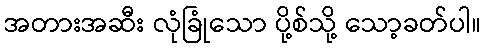
အတားအဆီး လုံခြုံသော ပို့စ်သို့ သော့ခတ်ပါ။